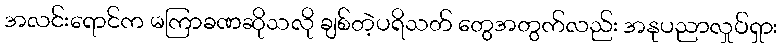
အလင်းရောင်က မကြာခဏဆိုသလို ချစ်တဲ့ပရိသတ် တွေအတွက်လည်း အနုပညာလှုပ်ရှား